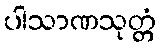
ပါသာဏသုတ္တံ